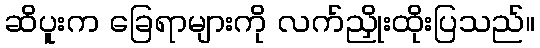
ဆိပူးက ခြေရာများကို လက်ညှိုးထိုးပြသည်။